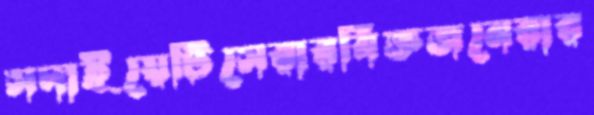
সদাইয়েটিসেরারবিজ্ঞজনেরার